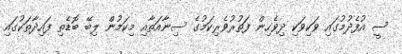
ސީ އުފެދުމުގައި ވަކިވަކި ދިވެހިން ފަތުރުވެރިކަމުގެ ސިނާއަތާއި މިކަމުން ލިބޭ ބޮޑެތި ފައިދާތަކުގައި